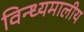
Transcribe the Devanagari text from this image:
विन्ध्यमालीय